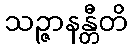
သဉ္ဇာနန္တီတိ